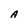
Character: A